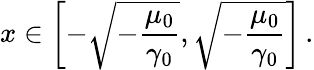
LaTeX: x\in\left[-\sqrt{-\frac{\mu_{0}}{\gamma_{0}}},\sqrt{-\frac{\mu_{0}}{\gamma_{0}}}\right]\, .